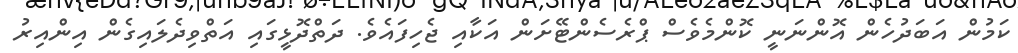
ކަމުން އަބަދުހެން އޮންނަނީ ކޮންމެވެސް ޕްރެސެންޓޭށަން އަކާއި ޖެހިފައެވެ. ދަތްދޮޅީގައި އަތްވިދެލައިގެން އިންއިރު